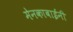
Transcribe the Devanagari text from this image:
मेनकाबाईंनी